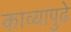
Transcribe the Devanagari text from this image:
काव्यापुढे